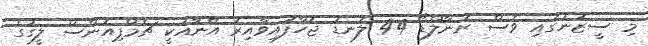
މި ސީޒަނުގައި ވެސް ރޮނާލްޑޯ 44 ލަނޑު ޖަހާފައިވާއިރު އޭނާއަކީ ޗެމްޕިއަންސް ލީގުގެ